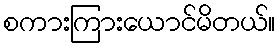
စကားကြားယောင်မိတယ်။